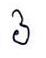
៦